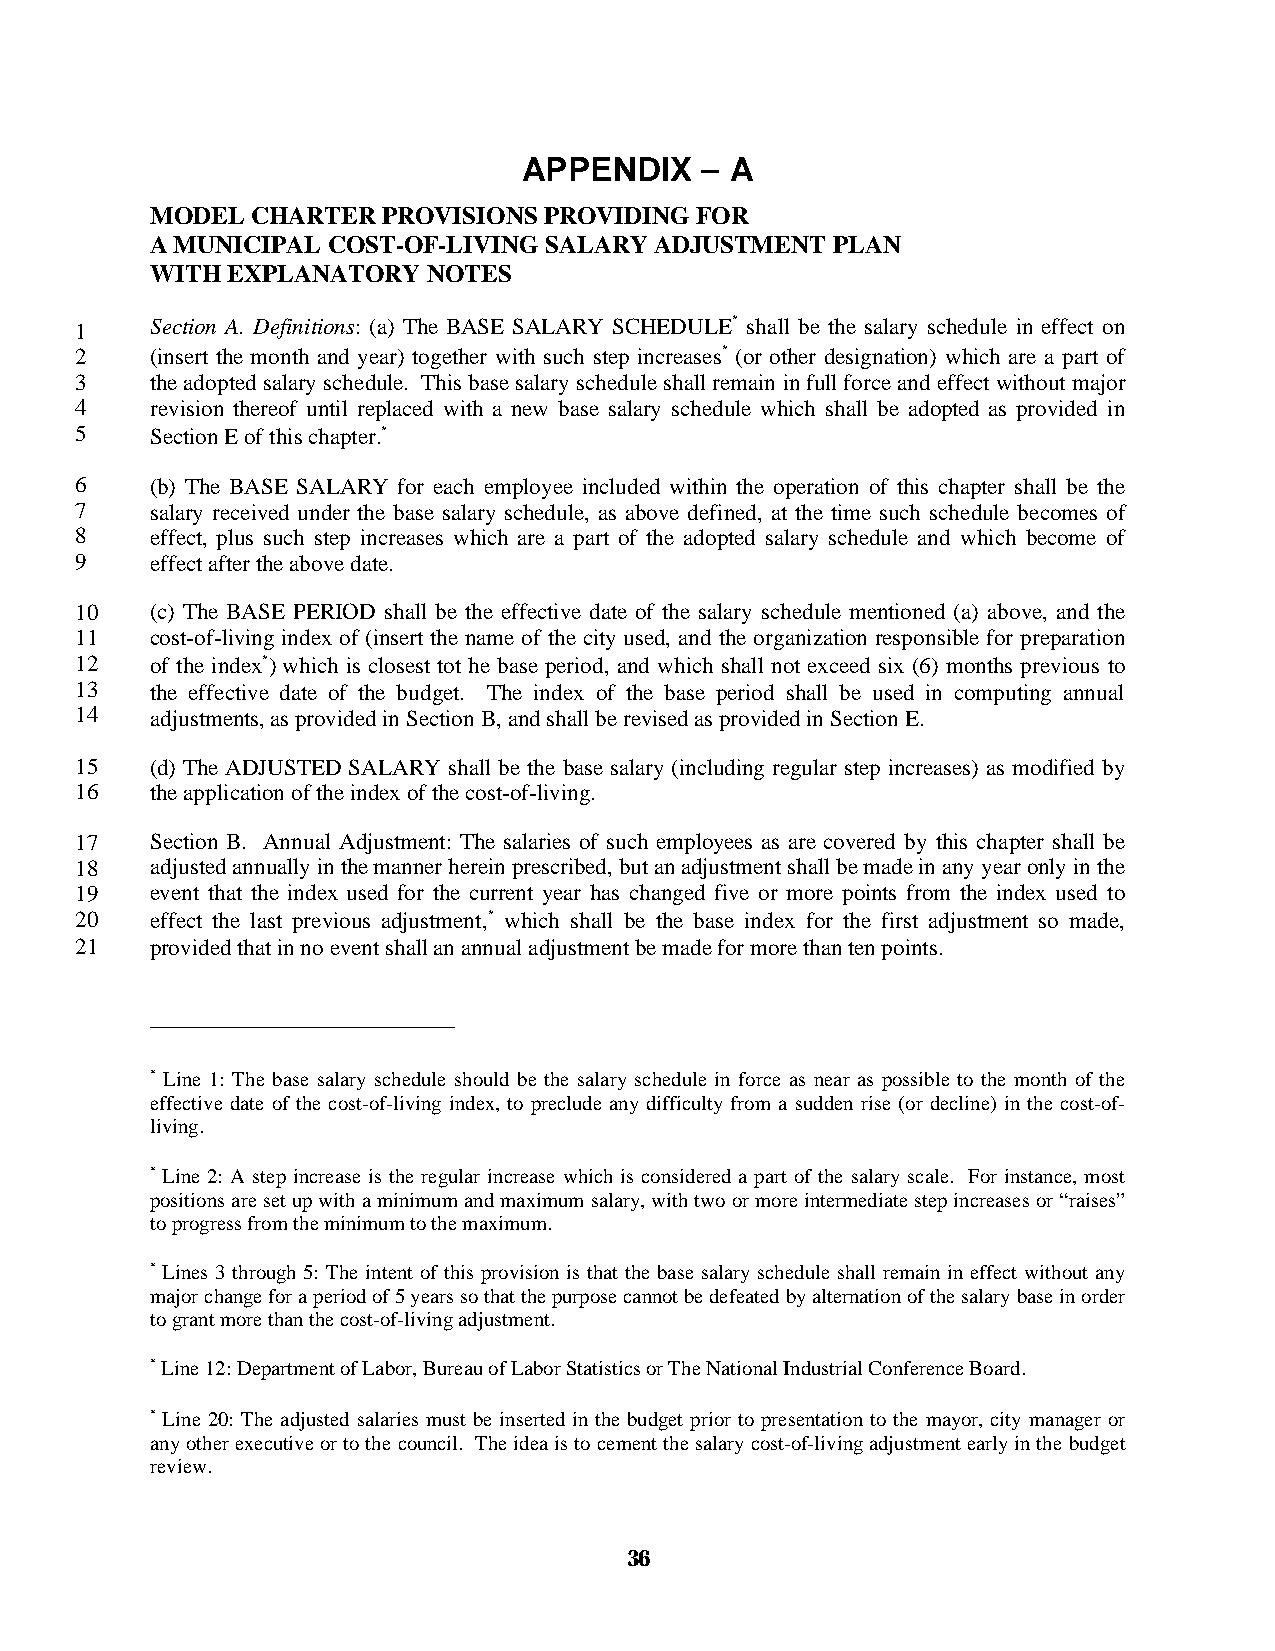
APPENDIX   – A
 MODEL  CHARTER PROVISIONS PROVIDING FOR
 A MUNICIPAL COST-OF-LIVING SALARY ADJUSTMENT PLAN
 WITH EXPLANATORY  NOTES
 1    Section A. Definitions: (a) The BASE SALARY SCHEDULE* shall be the salary schedule in effect on
 2    (insert the month and year) together with such step increases* (or other designation) which are a part of
 3    the adopted salary schedule. This base salary schedule shall remain in full force and effect without major
 4    revision thereof until replaced with a new base salary schedule which shall be adopted as provided in
 5    Section E of this chapter.*
 6    (b) The BASE SALARY for each employee included within the operation of this chapter shall be the
 7    salary received under the base salary schedule, as above defined, at the time such schedule becomes of
 8    effect, plus such step increases which are a part of the adopted salary schedule and which become of
 9    effect after the above date.
 10   (c) The BASE PERIOD shall be the effective date of the salary schedule mentioned (a) above, and the
 11   cost-of-living index of (insert the name of the city used, and the organization responsible for preparation
 12   of the index*) which is closest tot he base period, and which shall not exceed six (6) months previous to
 13   the effective date of the budget. The index of the base period shall be used in computing annual
 14   adjustments, as provided in Section B, and shall be revised as provided in Section E.
 15   (d) The ADJUSTED SALARY shall be the base salary (including regular step increases) as modified by
 16   the application of the index of the cost-of-living.
 17   Section B. Annual Adjustment: The salaries of such employees as are covered by this chapter shall be
 18   adjusted annually in the manner herein prescribed, but an adjustment shall be made in any year only in the
 19   event that the index used for the current year has changed five or more points from the index used to
 20   effect the last previous adjustment,* which shall be the base index for the first adjustment so made,
 21   provided that in no event shall an annual adjustment be made for more than ten points.
 * Line 1: The base salary schedule should be the salary schedule in force as near as possible to the month of the
 effective date of the cost-of-living index, to preclude any difficulty from a sudden rise (or decline) in the cost-of-
 living.
 * Line 2: A step increase is the regular increase which is considered a part of the salary scale. For instance, most
 positions are set up with a minimum and maximum salary, with two or more intermediate step increases or “raises”
 to progress from the minimum to the maximum.
 * Lines 3 through 5: The intent of this provision is that the base salary schedule shall remain in effect without any
 major change for a period of 5 years so that the purpose cannot be defeated by alternation of the salary base in order
 to grant more than the cost-of-living adjustment.
 * Line 12: Department of Labor, Bureau of Labor Statistics or The National Industrial Conference Board.
 * Line 20: The adjusted salaries must be inserted in the budget prior to presentation to the mayor, city manager or
 any other executive or to the council. The idea is to cement the salary cost-of-living adjustment early in the budget
 review.
 36